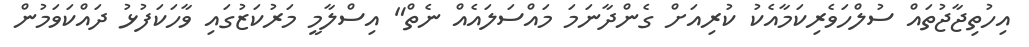
އިހުތިޖާޖުތައް ސުލްހަވެރިކަމާއެކު ކުރިއަށް ގެންދާނަމަ މައްސަލައެއް ނެތް" އިސްލާމީ މަރުކަޒުގައި ވާހަކަފުޅު ދައްކަވަމުން